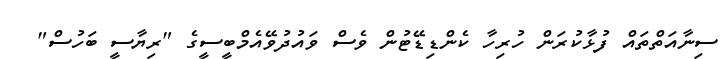
ސިނާއަތްތައް ފުޅާކުރަން ހުރިހާ ކެންޑިޑޭޓުން ވެސް ވައުދުވޭއެމްބީސީގެ "ރިޔާސީ ބަހުސް"